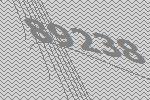
89238